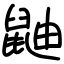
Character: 鼬